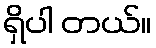
ရှိပါ တယ်။